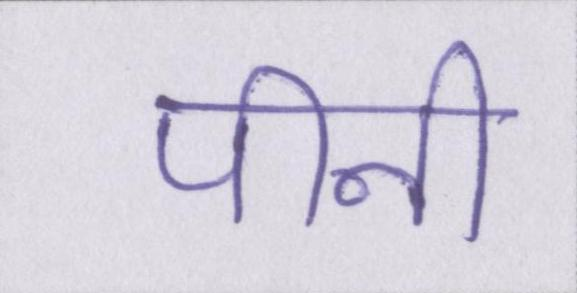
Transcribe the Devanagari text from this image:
पीनी